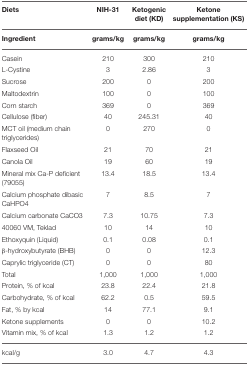
| Diets | NIH-31 | Ketogenic diet (KD) | Ketone supplementation (KS) |
 | --- | --- | --- | --- |
 | Ingredient | grams/kg | grams/kg | grams/kg |
 | Casein | 210 | 300 | 210 |
 | L-Cystine | 3 | 2.86 | 3 |
 | Sucrose | 200 | 0 | 200 |
 | Maltodextrin | 100 | 0 | 100 |
 | Corn starch | 369 | 0 | 369 |
 | Cellulose (fiber) | 40 | 245.31 | 40 |
 | MCT oil (medium chain triglycerides) | 0 | 270 | 0 |
 | Flaxseed Oil | 21 | 70 | 21 |
 | Canola Oil | 19 | 60 | 19 |
 | Mineral mix Ca-P deficient (79055) | 13.4 | 18.5 | 13.4 |
 | Calcium phosphate dibasic CaHPO4 | 7 | 8.5 | 7 |
 | Calcium carbonate CaCO3 | 7.3 | 10.75 | 7.3 |
 | 40060 VM, Teklad | 10 | 14 | 10 |
 | Ethoxyquin (Liquid) | 0.1 | 0.08 | 0.1 |
 | β-hydroxybutyrate (BHB) | 0 | 0 | 12.3 |
 | Caprylic triglyceride (CT) | 0 | 0 | 80 |
 | Total | 1,000 | 1,000 | 1,000 |
 | Protein, % of kcal | 23.8 | 22.4 | 21.8 |
 | Carbohydrate, % of kcal | 62.2 | 0.5 | 59.5 |
 | Fat, % by kcal | 14 | 77.1 | 9.1 |
 | Ketone supplements | 0 | 0 | 10.2 |
 | Vitamin mix, % of kcal | 1.3 | 1.2 | 1.2 |
 | kcal/g | 3.0 | 4.7 | 4.3 |